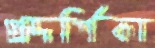
প্রদর্শিকা